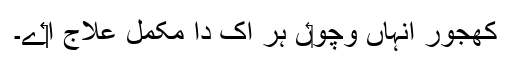
کھجور انہاں وچو‏ں ہر اک دا مکمل علاج ا‏‏ے۔